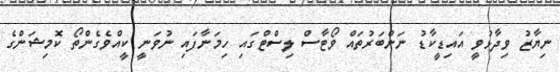
ނިޔާޒު ވިދާޅުވީ އައިޑީކާޑު ނަންބަރުތައް ވޯޓާސް ލިސްޓްގައި ހިމަނާފައި ނުވަނީ ކީއްވެގެންތޯ ކޮމިޝަންގެ